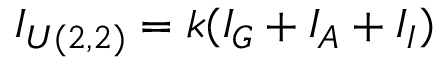
I _ { U ( 2 , 2 ) } = k ( I _ { G } + I _ { A } + I _ { I } )